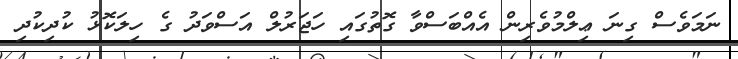
ނަމަވެސް ގިނަ ޢިލްމުވެރިން އެއްބަސްވާ ގޮތުގައި ހަޖަރުލް އަސްވަދު ގެ ހިލަކޮޅު ކުދިކުދި